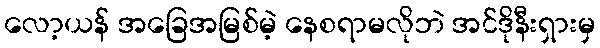
လော့ယန် အခြေအမြစ်မဲ့ နေစရာမလိုဘဲ အင်ဒိုနီးရှားမှ